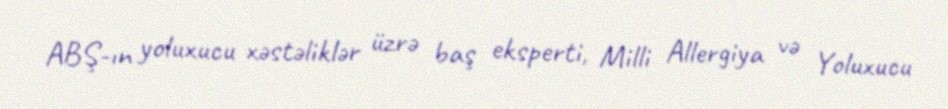
ABŞ-ın yoluxucu xəstəliklər üzrə baş eksperti, Milli Allergiya və Yoluxucu